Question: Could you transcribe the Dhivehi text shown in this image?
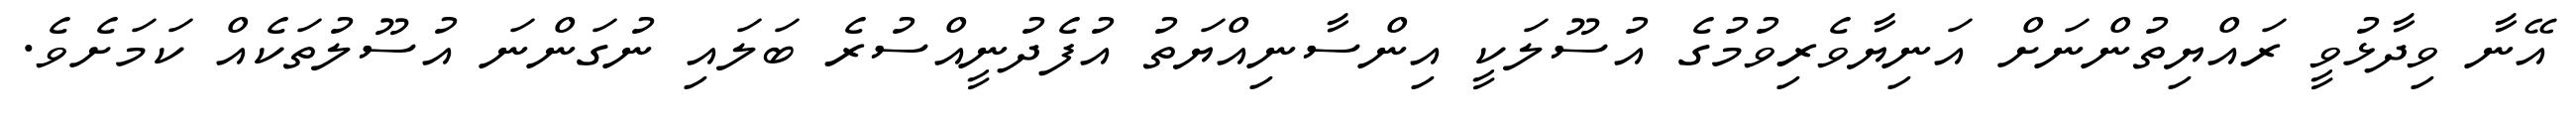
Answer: އޭނާ ވިދާޅުވީ ރައްޔިތުންނަށް އަނިޔާވެރިވުމުގެ އުސޫލަކީ އިންސާނިއްޔަތު އުފެދުނީއްސުރެ ބަލައި ނުގަންނަ އުސޫލުތަކެއް ކަމަށެވެ.